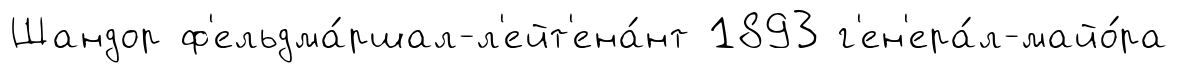
Шандор ф'ельдма́ршал-л'ейт'ена́нт 1893 г'ен'ера́л-майо́ра